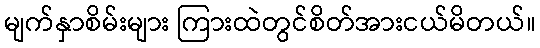
မျက်နှာစိမ်းများ ကြားထဲတွင်စိတ်အားငယ်မိတယ်။